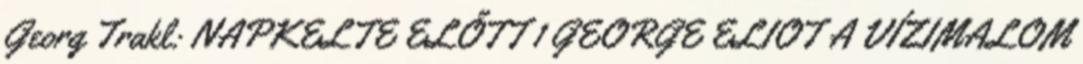
Georg Trakl: NAPKELTE ELŐTT 1 GEORGE ELIOT A VÍZIMALOM